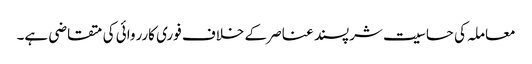
معاملہ کی حساسیت شرپسند عناصر کے خلاف فوری کارروائی کی متقاضی ہے۔